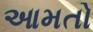
આમતો